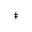
^ \ddagger